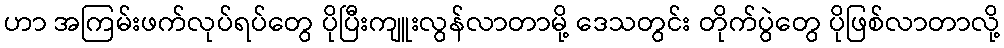
ဟာ အကြမ်းဖက်လုပ်ရပ်တွေ ပိုပြီးကျူးလွန်လာတာမို့ ဒေသတွင်း တိုက်ပွဲတွေ ပိုဖြစ်လာတာလို့